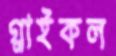
গ্লাইকল